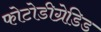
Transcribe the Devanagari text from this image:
फोटोडीग्रेडिड